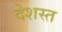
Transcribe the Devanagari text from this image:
देशस्त